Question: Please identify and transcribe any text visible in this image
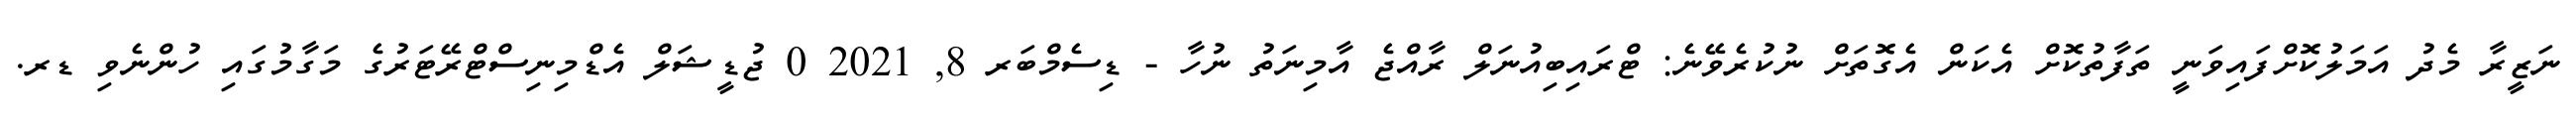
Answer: ނަޒީރާ މެދު އަމަލުކޮށްފައިވަނީ ތަފާތުކޮށް އެކަން އެގޮތަށް ނުކުރެވޭނެ: ޓްރައިބިއުނަލް ރާއްޖެ އާމިނަތު ނުހާ - ޑިސެމްބަރ 8, 2021 0 ޖުޑީޝަލް އެޑްމިނިސްޓްރޭޓަރުގެ މަގާމުގައި ހުންނެވި ޑރ.